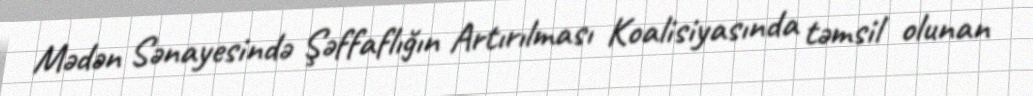
Mədən Sənayesində Şəffaflığın Artırılması Koalisiyasında təmsil olunan